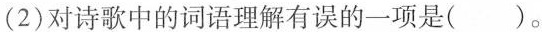
(2)对诗歌中的词语理解有误的一项是( )。